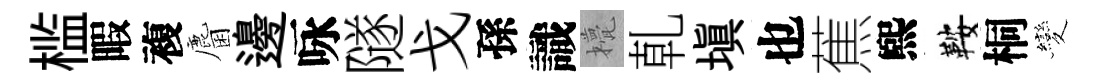
槛暇複麕邊咏隧戈孫識甍乹塡也蕉煕鞍桐變